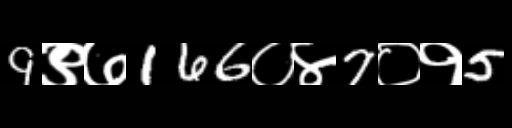
Text: 9९७166०४7०१5